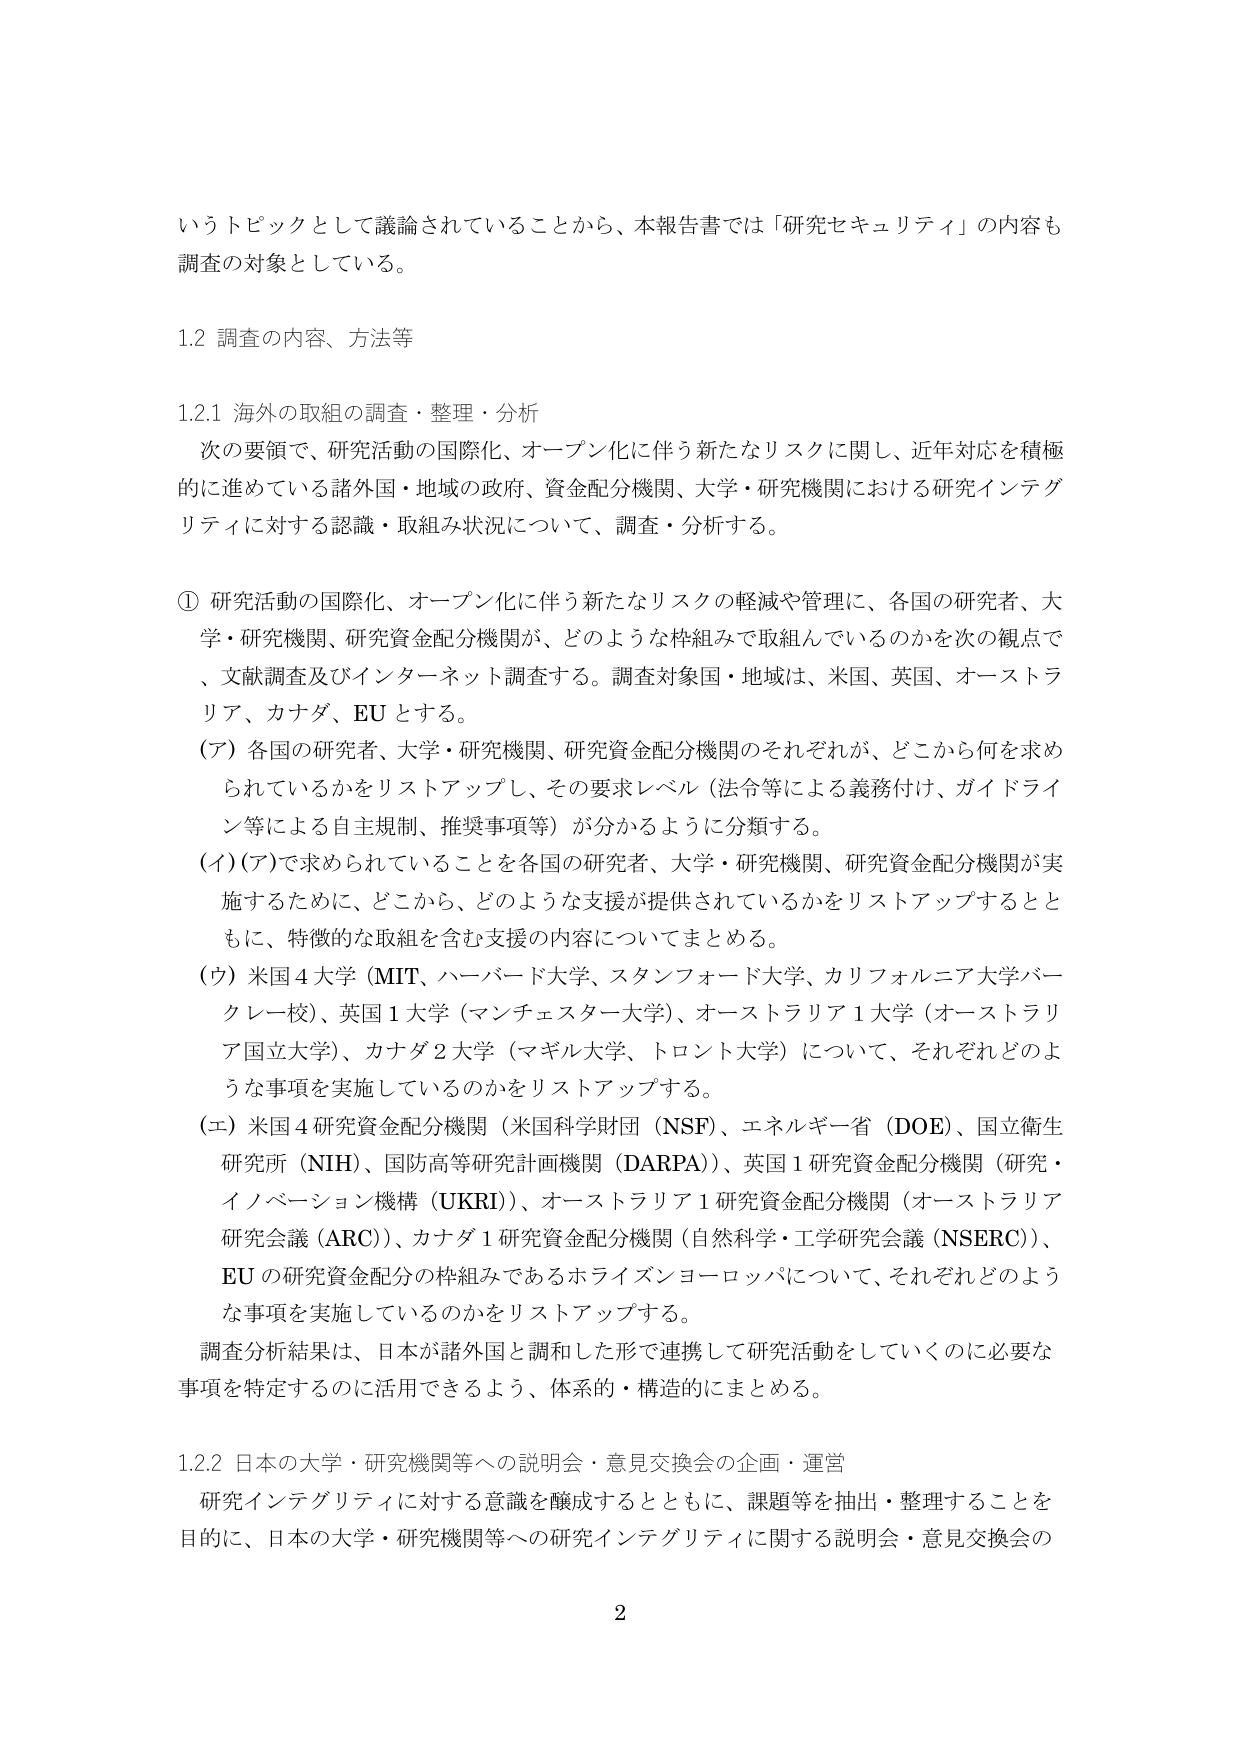
いうトピックとして議論されていることから、本報告書では「研究セキュリティ」の内容も調査の対象としている。

1.2 調査の内容、方法等

1.2.1 海外の取組の調査・整理・分析
次の要領で、研究活動の国際化、オープン化に伴う新たなリスクに関し、近年対応を積極的に進めている諸外国・地域の政府、資金配分機関、大学・研究機関における研究インテグリティに対する認識・取組み状況について、調査・分析する。

① 研究活動の国際化、オープン化に伴う新たなリスクの軽減や管理に、各国の研究者、大学・研究機関、研究資金配分機関が、どのような枠組みで取組んでいるのかを次の観点で、文献調査及びインターネット調査する。調査対象国・地域は、米国、英国、オーストラリア、カナダ、EUとする。
（ア）各国の研究者、大学・研究機関、研究資金配分機関のそれぞれが、どこから何を求められているかをリストアップし、その要求レベル（法令等による義務付け、ガイドライン等による自主規制、推奨事項等）が分かるように分類する。
（イ）（ア）で求められていることを各国の研究者、大学・研究機関、研究資金配分機関が実施するために、どこから、どのような支援が提供されているかをリストアップするとともに、特徴的な取組を含む支援の内容についてまとめる。
（ウ）米国4大学（MIT、ハーバード大学、スタンフォード大学、カリフォルニア大学バークレー校）、英国1大学（マンチェスター大学）、オーストラリア1大学（オーストラリア国立大学）、カナダ2大学（マギル大学、トロント大学）について、それぞれどのような事項を実施しているのかをリストアップする。
（エ）米国4研究資金配分機関（米国科学財団（NSF）、エネルギー省（DOE）、国立衛生研究所（NIH）、国防高等研究計画機関（DARPA））、英国1研究資金配分機関（研究・イノベーション機構（UKRI））、オーストラリア1研究資金配分機関（オーストラリア研究会議（ARC））、カナダ1研究資金配分機関（自然科学・工学研究会議（NSERC））、EUの研究資金配分の枠組みであるホライズンヨーロッパについて、それぞれどのような事項を実施しているのかをリストアップする。
調査分析結果は、日本が諸外国と調和した形で連携して研究活動をしていくのに必要な事項を特定するのに活用できるよう、体系的・構造的にまとめる。

1.2.2 日本の大学・研究機関等への説明会・意見交換会の企画・運営
研究インテグリティに対する意識を醸成するとともに、課題等を抽出・整理することを目的に、日本の大学・研究機関等への研究インテグリティに関する説明会・意見交換会の

2